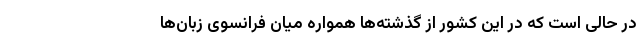
در حالی است که در این کشور از گذشته‌ها همواره میان فرانسوی زبان‌ها